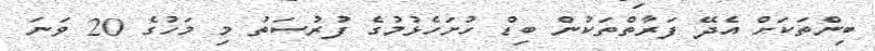
ބިންތަކަށް އެދޭ ފަރާތްތަކުން ބިޑް ހުށަހެޅުމުގެ ފުރުސަތު މި މަހުގެ 20 ވަނަ